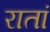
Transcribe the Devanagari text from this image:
रातां